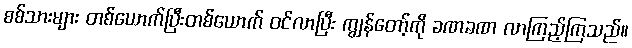
စစ်သားများ တစ်ယောက်ပြီးတစ်ယောက် ဝင်လာပြီး ကျွန်တော့်ကို ခဏခဏ လာကြည့်ကြသည်။